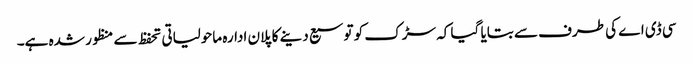
سی ڈی اے کی طرف سے بتایا گیا کہ سڑک کو توسیع دینے کا پلان ادارہ ماحولیاتی تحفظ سے منظور شدہ ہے۔